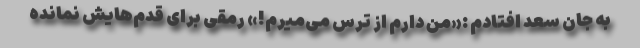
به جان سعد افتادم :«من دارم از ترس می‌میرم!» رمقی برای قدم‌هایش نمانده